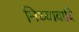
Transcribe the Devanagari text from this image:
मिथ्यावादि